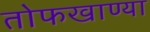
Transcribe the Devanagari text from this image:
तोफखाण्या